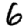
Digit: 6